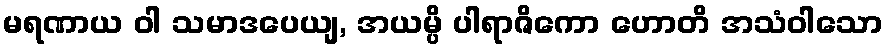
မရဏာယ ဝါ သမာဒပေယျ, အယမ္ပိ ပါရာဇိကော ဟောတိ အသံဝါသော